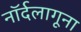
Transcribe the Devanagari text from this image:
नॉर्दलागूना